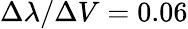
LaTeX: \Delta\lambda/\Delta V=0.06